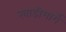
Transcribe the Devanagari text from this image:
खाडीमार्गे